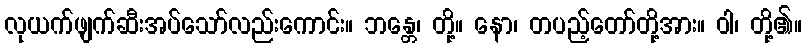
လုယက်ဖျက်ဆီးအပ်သော်လည်းကောင်း။ ဘန္တေ၊ တို့။ နော၊ တပည့်တော်တို့အား။ ဝါ၊ တို့၏။